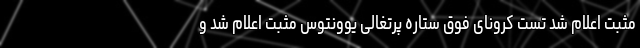
مثبت اعلام شد تست کرونای فوق ستاره پرتغالی یوونتوس مثبت اعلام شد و